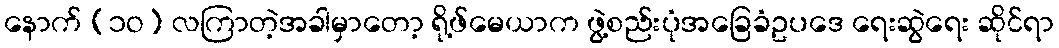
နောက် (၁ဝ) လကြာတဲ့အခါမှာတော့ ရို့ဖ်မေယာက ဖွဲ့စည်းပုံအခြေခံဥပဒေ ရေးဆွဲရေး ဆိုင်ရာ